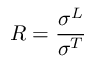
R = \frac { \sigma ^ { L } } { \sigma ^ { T } }